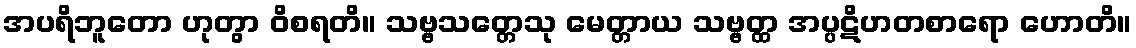
အပရိဘူတော ဟုတွာ ဝိစရတိ။ သဗ္ဗသတ္တေသု မေတ္တာယ သဗ္ဗတ္ထ အပ္ပဋိဟတစာရော ဟောတိ။